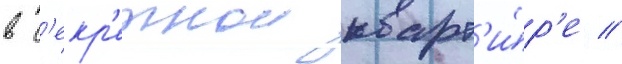
в с'екр'етнои кварт'и́р'е //